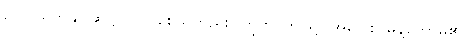
ဥပဝါယတန္တိ (ဆဋ္ဌ)၊ လှိုင်စေသတည်း။ ဣတိ၊ ဤသို့။ အဝေါစ၊ မိန့်တော်မူ၏။